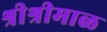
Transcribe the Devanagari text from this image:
श्रीश्रीमाळ